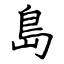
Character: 島